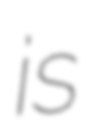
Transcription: is